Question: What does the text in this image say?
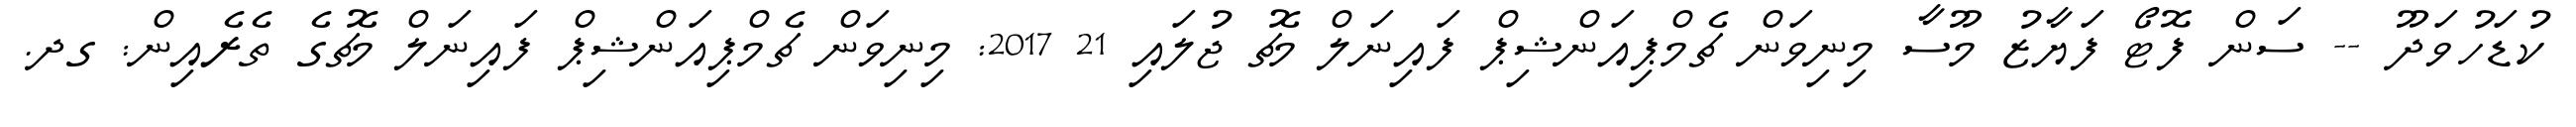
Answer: ކުޑަހުވަދޫ -- ސަން ފޮޓޯ ފަޔާޒު މޫސާ މިނިވަން ޗެމްޕިއަންޝިޕް ފައިނަލް މެޗު ޖުލައި 21 2017: މިނިވަން ޗެމްޕިއަންޝިޕް ފައިނަލް މެޗުގެ ތެރެއިން: ގދ.